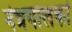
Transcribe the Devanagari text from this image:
नेत्रगोलकों